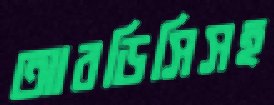
আরডিসিসহ